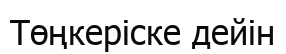
Төңкеріске дейін